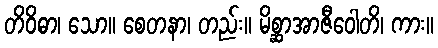
တိဝိဓာ၊ သော။ စေတနာ၊ တည်း။ မိစ္ဆာအာဇီဝေါတိ၊ ကား။